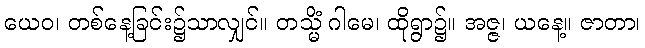
ယေဝ၊ တစ်နေ့ခြင်း၌သာလျှင်။ တသ္မိံ ဂါမေ၊ ထိုရွာ၌။ အဇ္ဇ၊ ယနေ့။ ဇာတာ၊